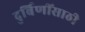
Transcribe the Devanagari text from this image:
दुर्बिणींसाठी